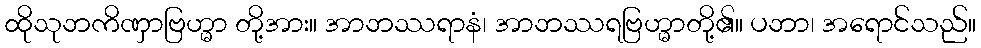
ထိုသုဘကိဏှာဗြဟ္မာ တို့အား။ အာဘဿရာနံ၊ အာဘဿရဗြဟ္မာတို့၏။ ပဘာ၊ အရောင်သည်။